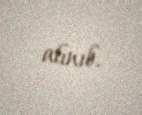
alınıb.